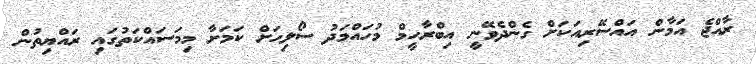
ރާއްޖެ އަމާން އައްސޭރިއަކަށް ގެންދެވޭނީ އިބްރާހީމް މުހައްމަދު ސޯލިހަށް ކަމަށާ މިމަސައްކަތުގައި ރައްޔިތުން